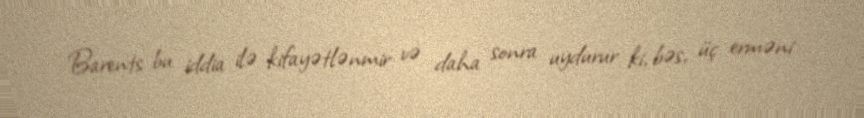
Barents bu iddia ilə kifayətlənmir və daha sonra uydurur ki, bəs, üç erməni